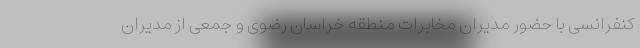
کنفرانسی با حضور مدیران مخابرات منطقه خراسان رضوی و جمعی از مدیران